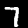
Digit: 7